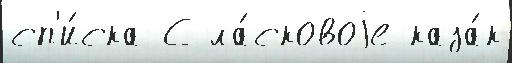
сп'и́ска С ла́сковоjе каза́к